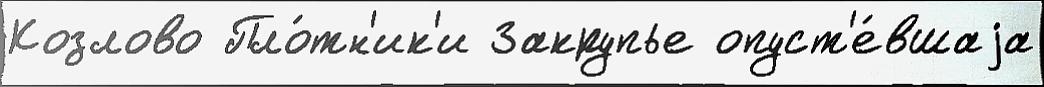
Козлово Пло́тн'ик'и Закрупье опуст'е́вшаjа